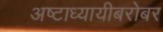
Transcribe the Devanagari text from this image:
अष्टाध्यायीबरोबर